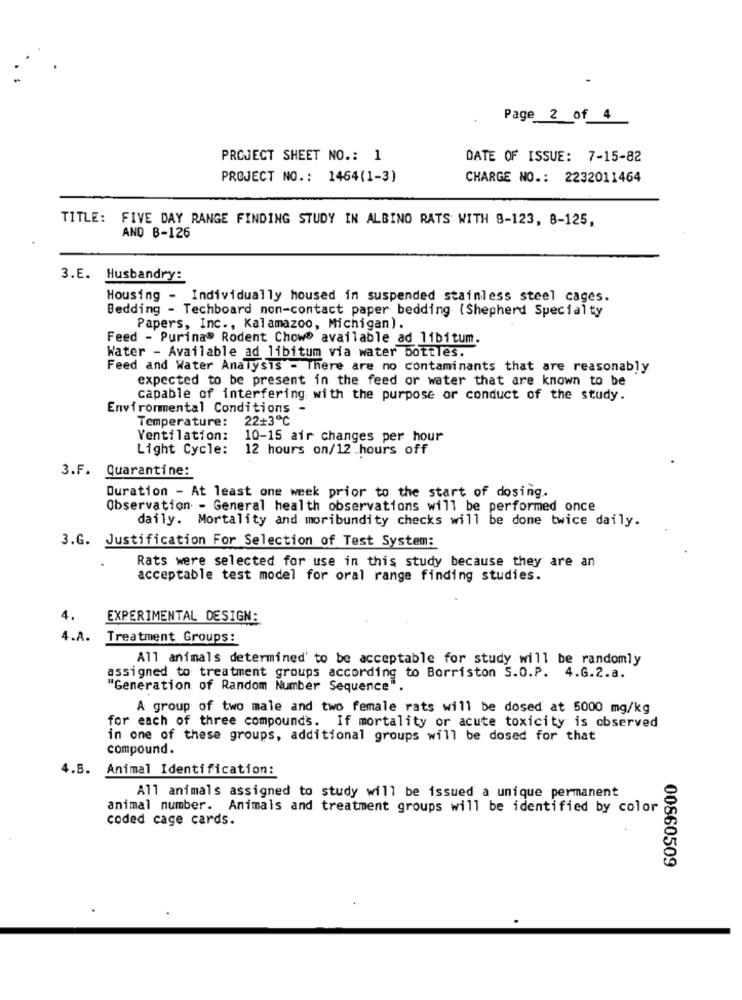
Page 2 of 4
PROJECT SHEET NO .: 1
DATE OF ISSUE: 7-15-82
PROJECT NO .: 1464(1-3)
CHARGE NO .: 2232011464
TITLE: FIVE DAY RANGE FINDING STUDY IN ALBINO RATS WITH 8-123, 8-125,
AND B-126
3.E. Husbandry:
Housing - Individually housed in suspended stainless steel cages.
Bedding - Techboard non-contact paper bedding (Shepherd Specialty
Papers, Inc ., Kalamazoo, Michigan).
Feed - Purina® Rodent Chowe available ad libitum
Water - Available ad libitum via water bottles.
Feed and Water Analysis - There are no contaminants that are reasonably
expected to be present in the feed or water that are known to be
capable of interfering with the purpose or conduct of the study.
Environmental Conditions
Temperature: 22+3℃
Ventilation: 10-15 air changes per hour
Light Cycle: 12 hours on/12 hours off
3.F. Quarantine:
Duration - At least one week prior to the start of dosing.
Observation - General health observations will be performed once
daily. Mortality and moribundity checks will be done twice daily.
3.G. Justification For Selection of Test System:
Rats were selected for use in this study because they are an
acceptable test model for oral range finding studies.
EXPERIMENTAL DESIGN:
4.A.
Treatment Groups:
All animals determined' to be acceptable for study will be randomly
assigned to treatment groups according to Borriston S.O.P. 4.G.2.a.
"Generation of Random Number Sequence".
A group of two male and two female rats will be dosed at 5000 mg/kg
for each of three compounds. If mortality or acute toxicity is observed
in one of these groups, additional groups will be dosed for that
compound.
4.B. Animal Identification:
All animals assigned to study will be issued a unique permanent
animal number. Animals and treatment groups will be identified by color
coded cage cards.
00860509